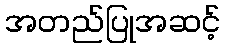
အတည်ပြုအဆင့်